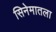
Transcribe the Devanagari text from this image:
सिनेमातला